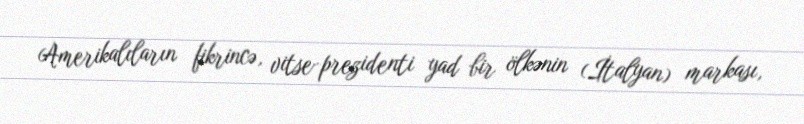
Amerikalıların fikrincə, vitse-prezidenti yad bir ölkənin (İtalyan) markası,